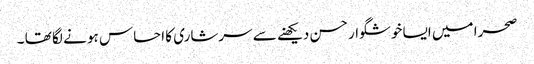
صحرا میں ایسا خوشگوار حسن دیکھنے سے سرشاری کا احساس ہو نے لگا تھا ۔